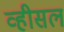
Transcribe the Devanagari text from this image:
व्हीसल